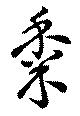
黍